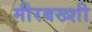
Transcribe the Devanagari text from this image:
मीरबख्शी